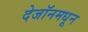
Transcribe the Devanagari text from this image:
देजॉनमधून